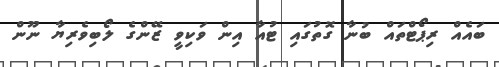
ބައެެއް ރިޕޯޓްތައް ބުނާ ގޮތުގައި ޓުއާ އިން ވަކިވީ ޒޭންގެ ލޯބިވެރިޔާ ނޫން